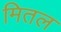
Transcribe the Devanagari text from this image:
मितल